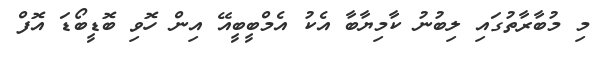
މި މުބާރާތުގައި ލިބުނު ކާމިޔާބާ އެކު އެމްބީބީއޭ އިން ހޮވި ބޮޑީބޯޑަ އޮފް